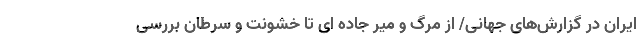
ایران در گزارش‌های جهانی/ از مرگ و میر جاده ای تا خشونت و سرطان بررسی